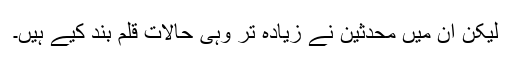
لیکن ان میں محدثین نے زیادہ تر وہی حالات قلم بند کیے ہیں۔